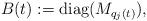
LaTeX: \begin{align*}B(t):=\mathrm{diag}(M_{q_j(t)}),\end{align*}